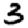
Digit: 3